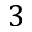
3